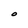
Character: O